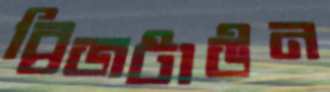
ব্রিজটাউন